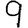
Digit: 9